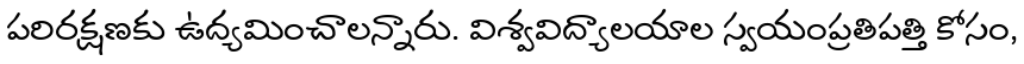
పరిరక్షణకు ఉద్యమించాలన్నారు. విశ్వవిద్యాలయాల స్వయంప్రతిపత్తి కోసం,